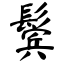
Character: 鬓